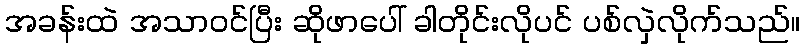
အခန်းထဲ အသာဝင်ပြီး ဆိုဖာပေါ် ခါတိုင်းလိုပင် ပစ်လှဲလိုက်သည်။